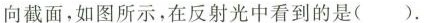
向截面，如图所示，在反射光中看到的是( )。